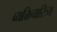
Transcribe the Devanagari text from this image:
व्यक्तिचारित्र्य